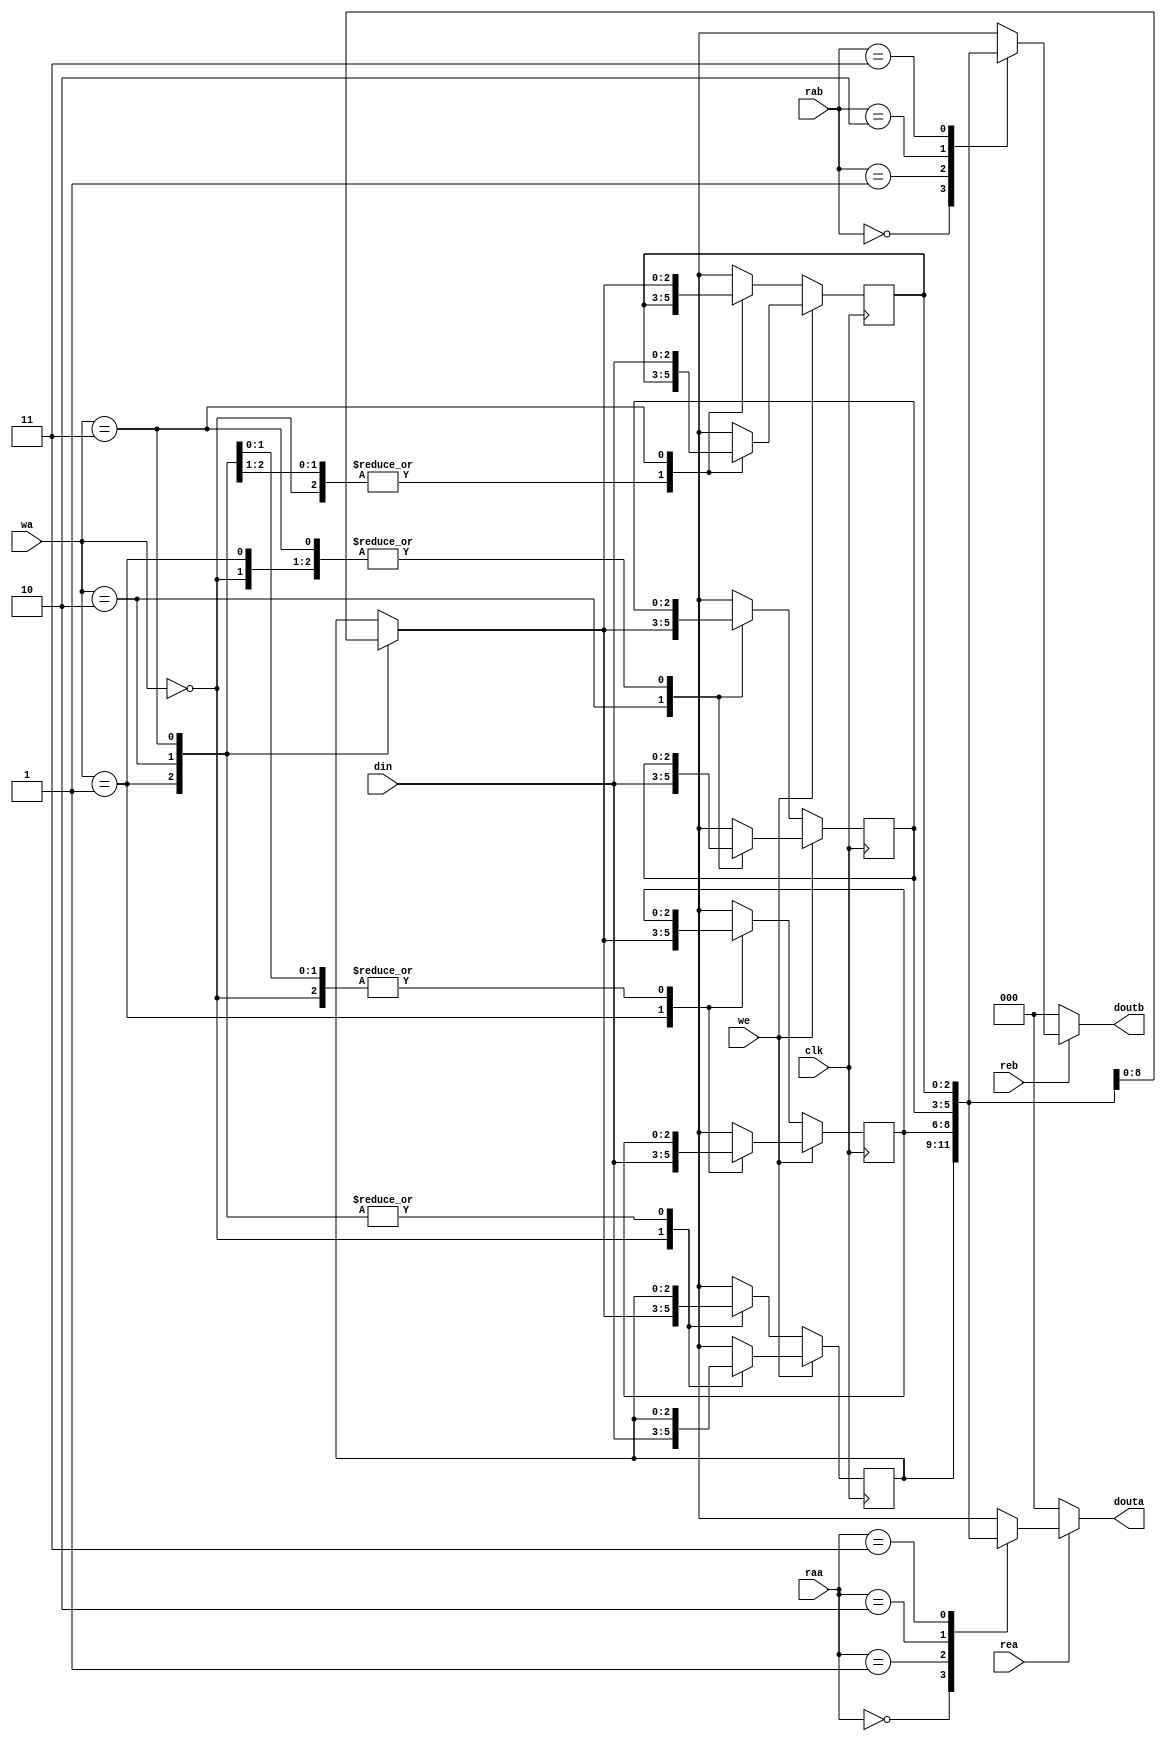
`timescale 1ns / 1ps
//////////////////////////////////////////////////////////////////////////////////
// Company: 
// Engineer: 
// 
// Design Name: 
// Module Name: RF
// Project Name: 
// Target Devices: 
// Tool Versions: 
// Description: 
// 
// Dependencies: 
// 
// Revision:
// Revision 0.01 - File Created
// Additional Comments:
// 
//////////////////////////////////////////////////////////////////////////////////



 
module RF(clk, rea, reb, raa, rab, we, wa, din, douta, doutb);

input clk, rea, reb, we; 
input [1:0] raa, rab, wa; 
input [2:0] din;   
output reg [2:0] douta, doutb; 
reg [2:0] RegFile [3:0];

always @(rea, reb, raa, rab)
	begin
 if (rea)   douta = RegFile[raa];  
 else douta = 3'b000;  
 if (reb)   doutb = RegFile[rab];  
 else doutb = 3'b000;
end

always@(posedge clk)
begin
 if (we)   RegFile[wa] = din;
 else
  RegFile[wa] = RegFile[wa];
end

endmodule